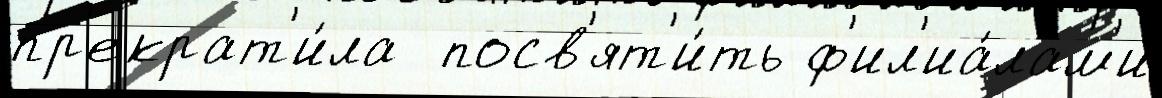
пр'екрат'и́ла  посв'ят'и́ть ф'ил'иа́лам'и